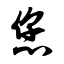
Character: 您